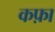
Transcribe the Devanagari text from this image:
कफ़ा